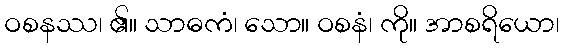
ဝစနဿ၊ ၏။ သာဓကံ၊ သော။ ဝစနံ၊ ကို။ အာစရိယော၊